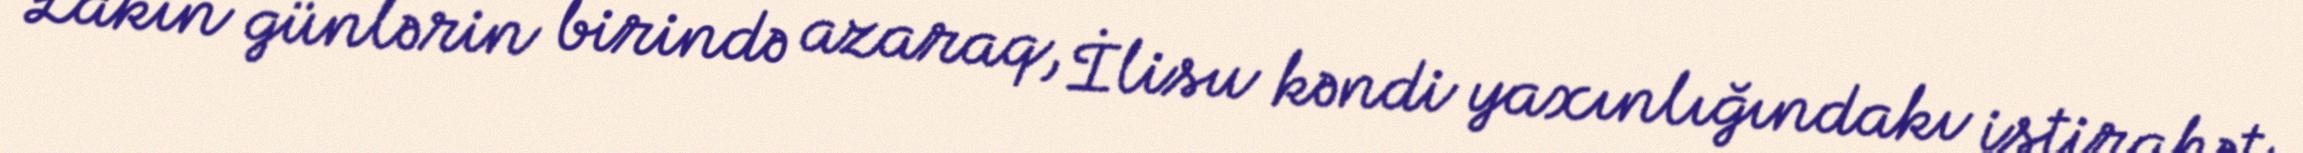
Lakin günlərin birində azaraq, İlisu kəndi yaxınlığındakı istirahət